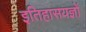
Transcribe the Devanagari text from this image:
इतिहासयज्ञों